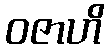
ဝဇာဟိ